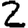
Digit: 2